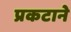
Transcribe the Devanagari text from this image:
प्रकटाने